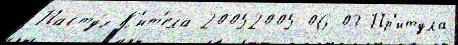
Пасту́х К'ит'ела 20052005-06-03 Пр'итула